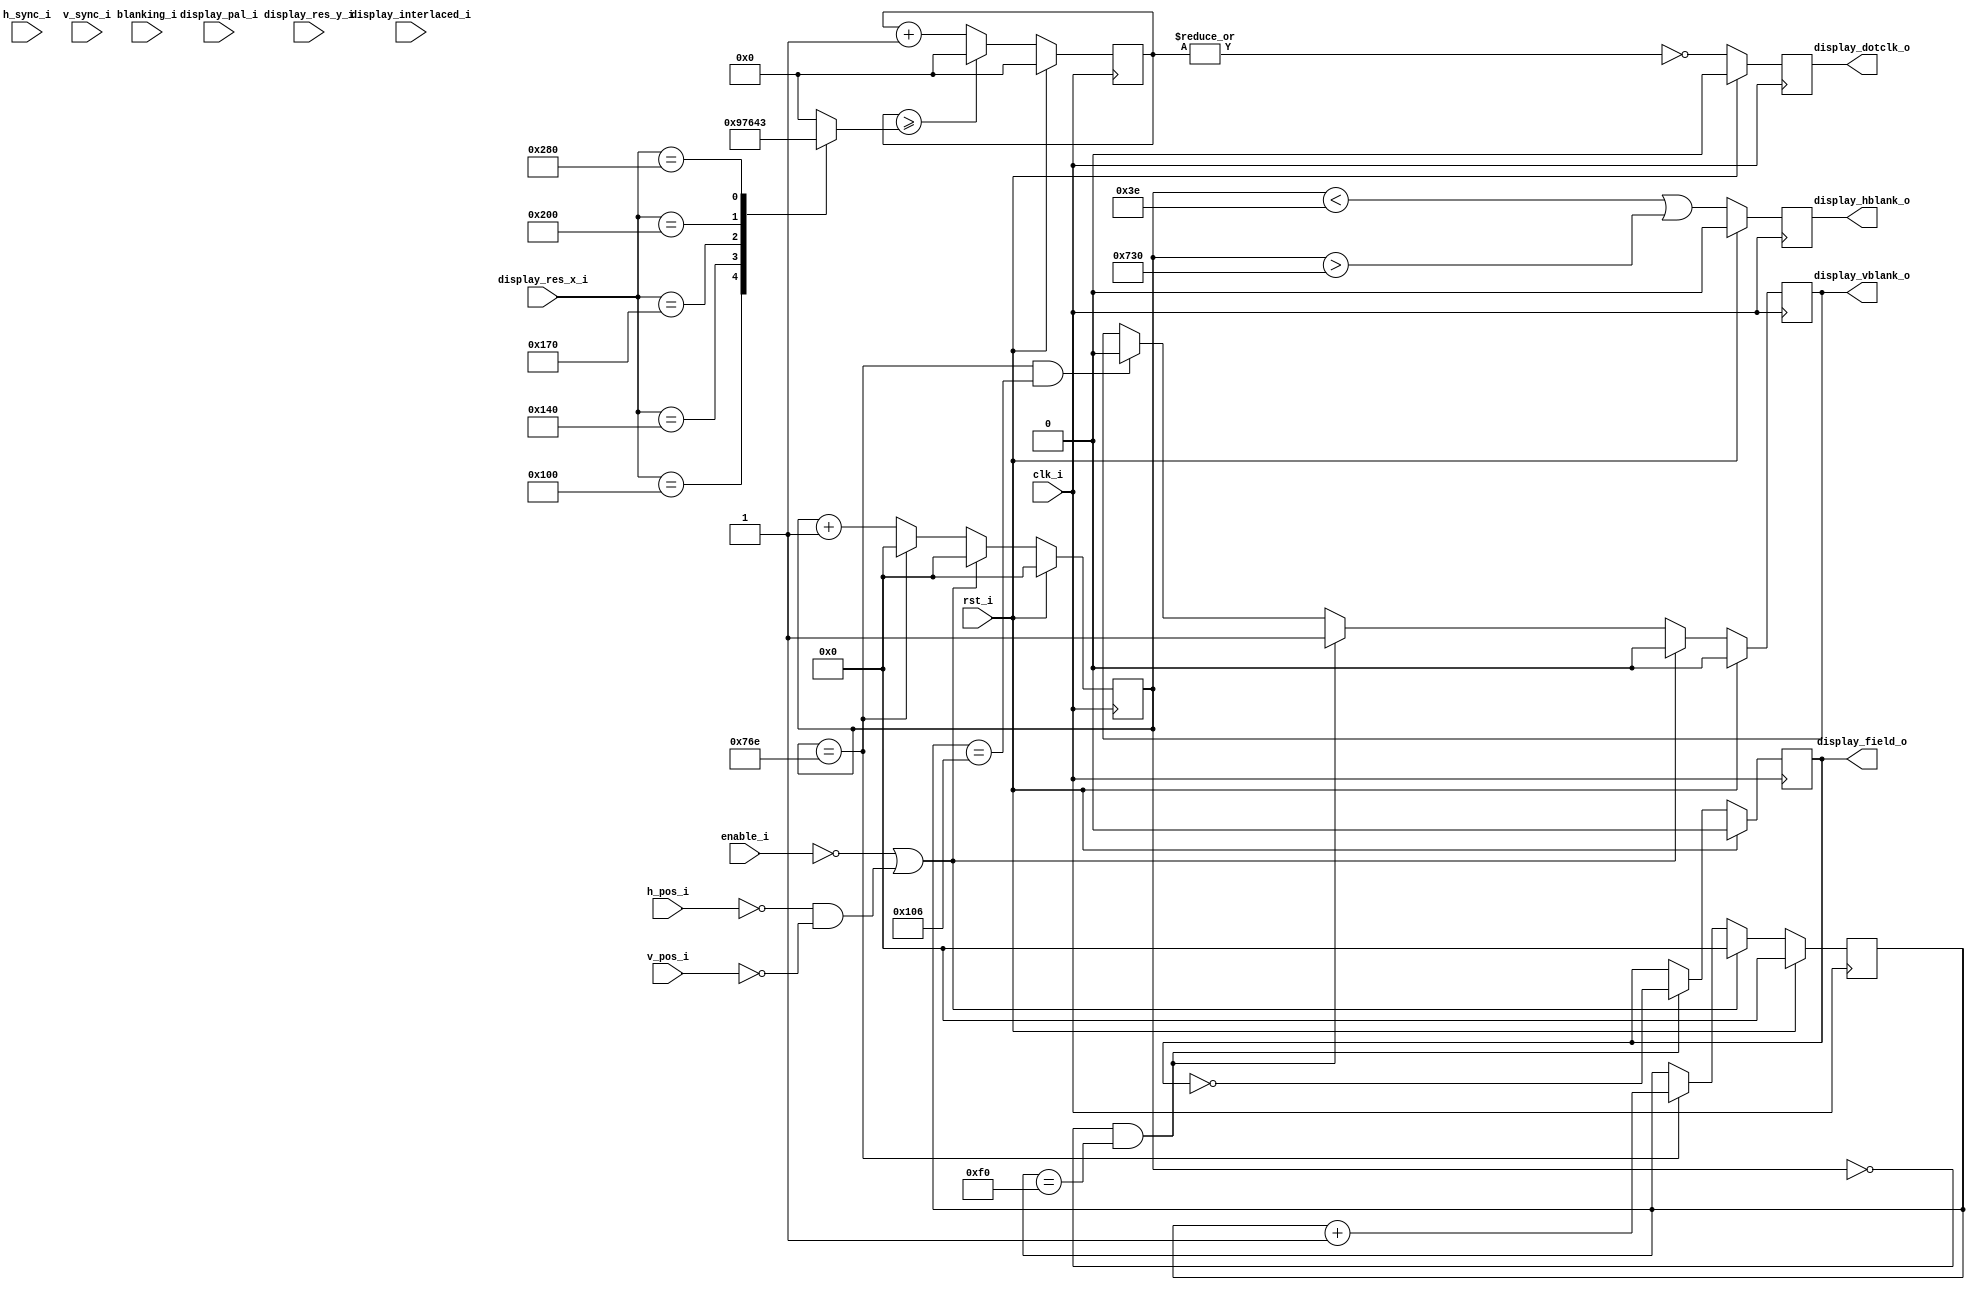
//-----------------------------------------------------------------
// Copyright (c) 2021, admin@ultra-embedded.com
// All rights reserved.
// 
// Redistribution and use in source and binary forms, with or without
// modification, are permitted provided that the following conditions 
// are met:
//   - Redistributions of source code must retain the above copyright
//     notice, this list of conditions and the following disclaimer.
//   - Redistributions in binary form must reproduce the above copyright
//     notice, this list of conditions and the following disclaimer 
//     in the documentation and/or other materials provided with the 
//     distribution.
//   - Neither the name of the author nor the names of its contributors 
//     may be used to endorse or promote products derived from this 
//     software without specific prior written permission.
// 
// THIS SOFTWARE IS PROVIDED BY THE COPYRIGHT HOLDERS AND CONTRIBUTORS 
// "AS IS" AND ANY EXPRESS OR IMPLIED WARRANTIES, INCLUDING, BUT NOT 
// LIMITED TO, THE IMPLIED WARRANTIES OF MERCHANTABILITY AND FITNESS FOR 
// A PARTICULAR PURPOSE ARE DISCLAIMED. IN NO EVENT SHALL THE AUTHOR BE 
// LIABLE FOR ANY DIRECT, INDIRECT, INCIDENTAL, SPECIAL, EXEMPLARY, OR 
// CONSEQUENTIAL DAMAGES (INCLUDING, BUT NOT LIMITED TO, PROCUREMENT OF 
// SUBSTITUTE GOODS OR SERVICES; LOSS OF USE, DATA, OR PROFITS; OR 
// BUSINESS INTERRUPTION) HOWEVER CAUSED AND ON ANY THEORY OF 
// LIABILITY, WHETHER IN CONTRACT, STRICT LIABILITY, OR TORT
// (INCLUDING NEGLIGENCE OR OTHERWISE) ARISING IN ANY WAY OUT OF 
// THE USE OF THIS SOFTWARE, EVEN IF ADVISED OF THE POSSIBILITY OF 
// SUCH DAMAGE.
//-----------------------------------------------------------------
module dvi_fb_psf_sys_timing
(
    // Inputs
     input           clk_i
    ,input           rst_i
    ,input           enable_i

    // Mode
    ,input  [  9:0]  display_res_x_i
    ,input  [  8:0]  display_res_y_i
    ,input           display_interlaced_i
    ,input           display_pal_i

    // 640x480 video timing
    ,input           h_sync_i
    ,input           v_sync_i
    ,input           blanking_i
    ,input [ 11:0]   h_pos_i
    ,input [ 11:0]   v_pos_i

    // Outputs
    ,output          display_field_o
    ,output          display_hblank_o
    ,output          display_vblank_o
    ,output          display_dotclk_o
);

//-----------------------------------------------------------------
// TODO: Need to translate these to be representative of PAL/NTSC
//       but for now...
//-----------------------------------------------------------------
wire [15:0] hblank_start_w  = 16'd1840;//16'd1534; // TODO: Add PAL
wire [15:0] hblank_end_w    = 16'd0062; // TODO: Add PAL

wire [15:0] hblank_max_w    = 16'd1902;//16'd1596; // TODO: Add PAL

wire [15:0] vblank_start_w  = 16'd240; // TODO: Add PAL
wire [15:0] vblank_field_w  = 16'd240; // TODO: Add PAL
wire [15:0] vblank_max_w    = 16'd262; // TODO: Add PAL

reg [15:0] pixel_counter_q;

always @ (posedge clk_i )
if (rst_i)
    pixel_counter_q <= 16'b0;
else if (!enable_i || (h_pos_i == 12'd0 && v_pos_i == 12'd0))
    pixel_counter_q <= 16'b0;
else if (pixel_counter_q == hblank_max_w)
    pixel_counter_q <= 16'b0;
else
    pixel_counter_q <= pixel_counter_q + 16'd1;

reg [15:0] line_counter_q;

always @ (posedge clk_i )
if (rst_i)
    line_counter_q <= 16'b0;
else if (!enable_i || (h_pos_i == 12'd0 && v_pos_i == 12'd0))
    line_counter_q <= 16'b0;
else if (pixel_counter_q == hblank_max_w)
    line_counter_q <= line_counter_q + 16'd1;

//-----------------------------------------------------------------
// HBLANK
//-----------------------------------------------------------------
reg hblank_q;

always @ (posedge clk_i )
if (rst_i)
    hblank_q <= 1'b0;
else
    hblank_q <= (pixel_counter_q < hblank_end_w || pixel_counter_q > hblank_start_w);

assign display_hblank_o = hblank_q;

//-----------------------------------------------------------------
// VBLANK
//-----------------------------------------------------------------
reg vblank_q;

always @ (posedge clk_i )
if (rst_i)
    vblank_q <= 1'b0;
else if (!enable_i || (h_pos_i == 12'd0 && v_pos_i == 12'd0))
    vblank_q <= 1'b0;
else if (pixel_counter_q == 16'd0 && line_counter_q == vblank_start_w)
    vblank_q <= 1'b1;
else if (pixel_counter_q == hblank_max_w && line_counter_q == vblank_max_w)
    vblank_q <= 1'b0;

assign display_vblank_o = vblank_q;

//-----------------------------------------------------------------
// Interlace Field
//-----------------------------------------------------------------
reg field_q;

always @ (posedge clk_i )
if (rst_i)
    field_q <= 1'b0;
else if (pixel_counter_q == 16'b0 && line_counter_q == vblank_field_w)
    field_q <= ~field_q;

assign display_field_o = field_q;

//-----------------------------------------------------------------
// Hacky dotclock
//-----------------------------------------------------------------
reg [3:0] count_q;
reg [3:0] count_max_r;

always @ *
begin
    count_max_r = 4'b0;

    case (display_res_x_i)
    10'd256: count_max_r = 4'd9;
    10'd320: count_max_r = 4'd7;
    10'd368: count_max_r = 4'd6;
    10'd512: count_max_r = 4'd4;
    10'd640: count_max_r = 4'd3;
    default: ;
    endcase
end

always @ (posedge clk_i )
if (rst_i)
    count_q <= 4'b0;
else if (count_q >= count_max_r)
    count_q <= 4'b0;
else
    count_q <= count_q + 4'd1;

reg dotclk_en_q;

always @ (posedge clk_i )
if (rst_i)
    dotclk_en_q <= 1'b0;
else
    dotclk_en_q <= ~(|count_q);

assign display_dotclk_o = dotclk_en_q;

endmodule